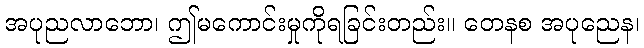
အပုညလာဘော၊ ဤမကောင်းမှုကိုရခြင်းတည်း။ တေနစ အပုညေန၊